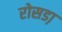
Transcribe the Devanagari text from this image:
रोसडा़